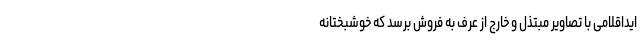
ایداقلامی با تصاویر مبتذل و خارج از عرف به فروش برسد که خوشبختانه